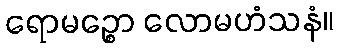
ရောမဉ္စော လောမဟံသနံ။